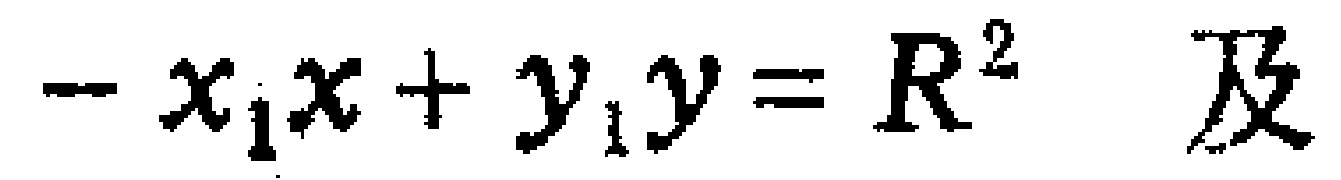
\(-x_{1}x + y_{1}y = R^{2} \) 及